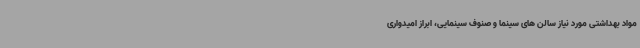
مواد بهداشتی مورد نیاز سالن های سینما و صنوف سینمایی، ابراز امیدواری